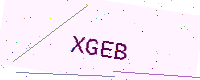
Text: XGEB